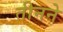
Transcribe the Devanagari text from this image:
तीनने